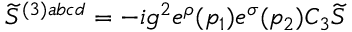
\widetilde { S } ^ { ( 3 ) a b c d } = - i g ^ { 2 } e ^ { \rho } ( p _ { 1 } ) e ^ { \sigma } ( p _ { 2 } ) C _ { 3 } \widetilde { S }